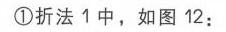
\textcircled{1}折法 1 中，如图 12：